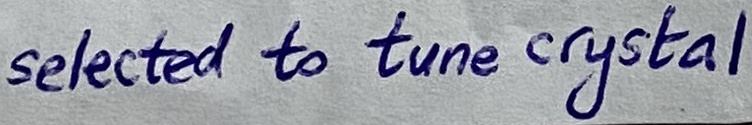
Text: selected to tune crystal